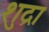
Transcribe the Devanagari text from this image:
शुद्रा